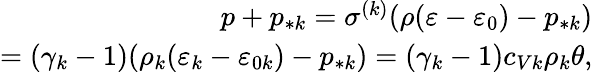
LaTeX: \begin{array}{r}{p+p_{*k}=\sigma^{(k)}(\rho(\varepsilon-\varepsilon_{0})-p_{*k})}\\ {=(\gamma_{k}-1)(\rho_{k}(\varepsilon_{k}-\varepsilon_{0k})-p_{*k})=(\gamma_{k}-1)c_{Vk}\rho_{k}\theta,}\end{array}